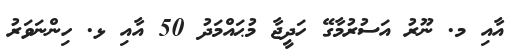
އާއި މ. ނޫރު އަސުރުމާގޭ ހަދީޖާ މުޙައްމަދު 50 އާއި ޅ. ހިންނަވަރު